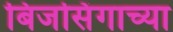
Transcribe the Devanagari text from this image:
बिजसिंगाच्या